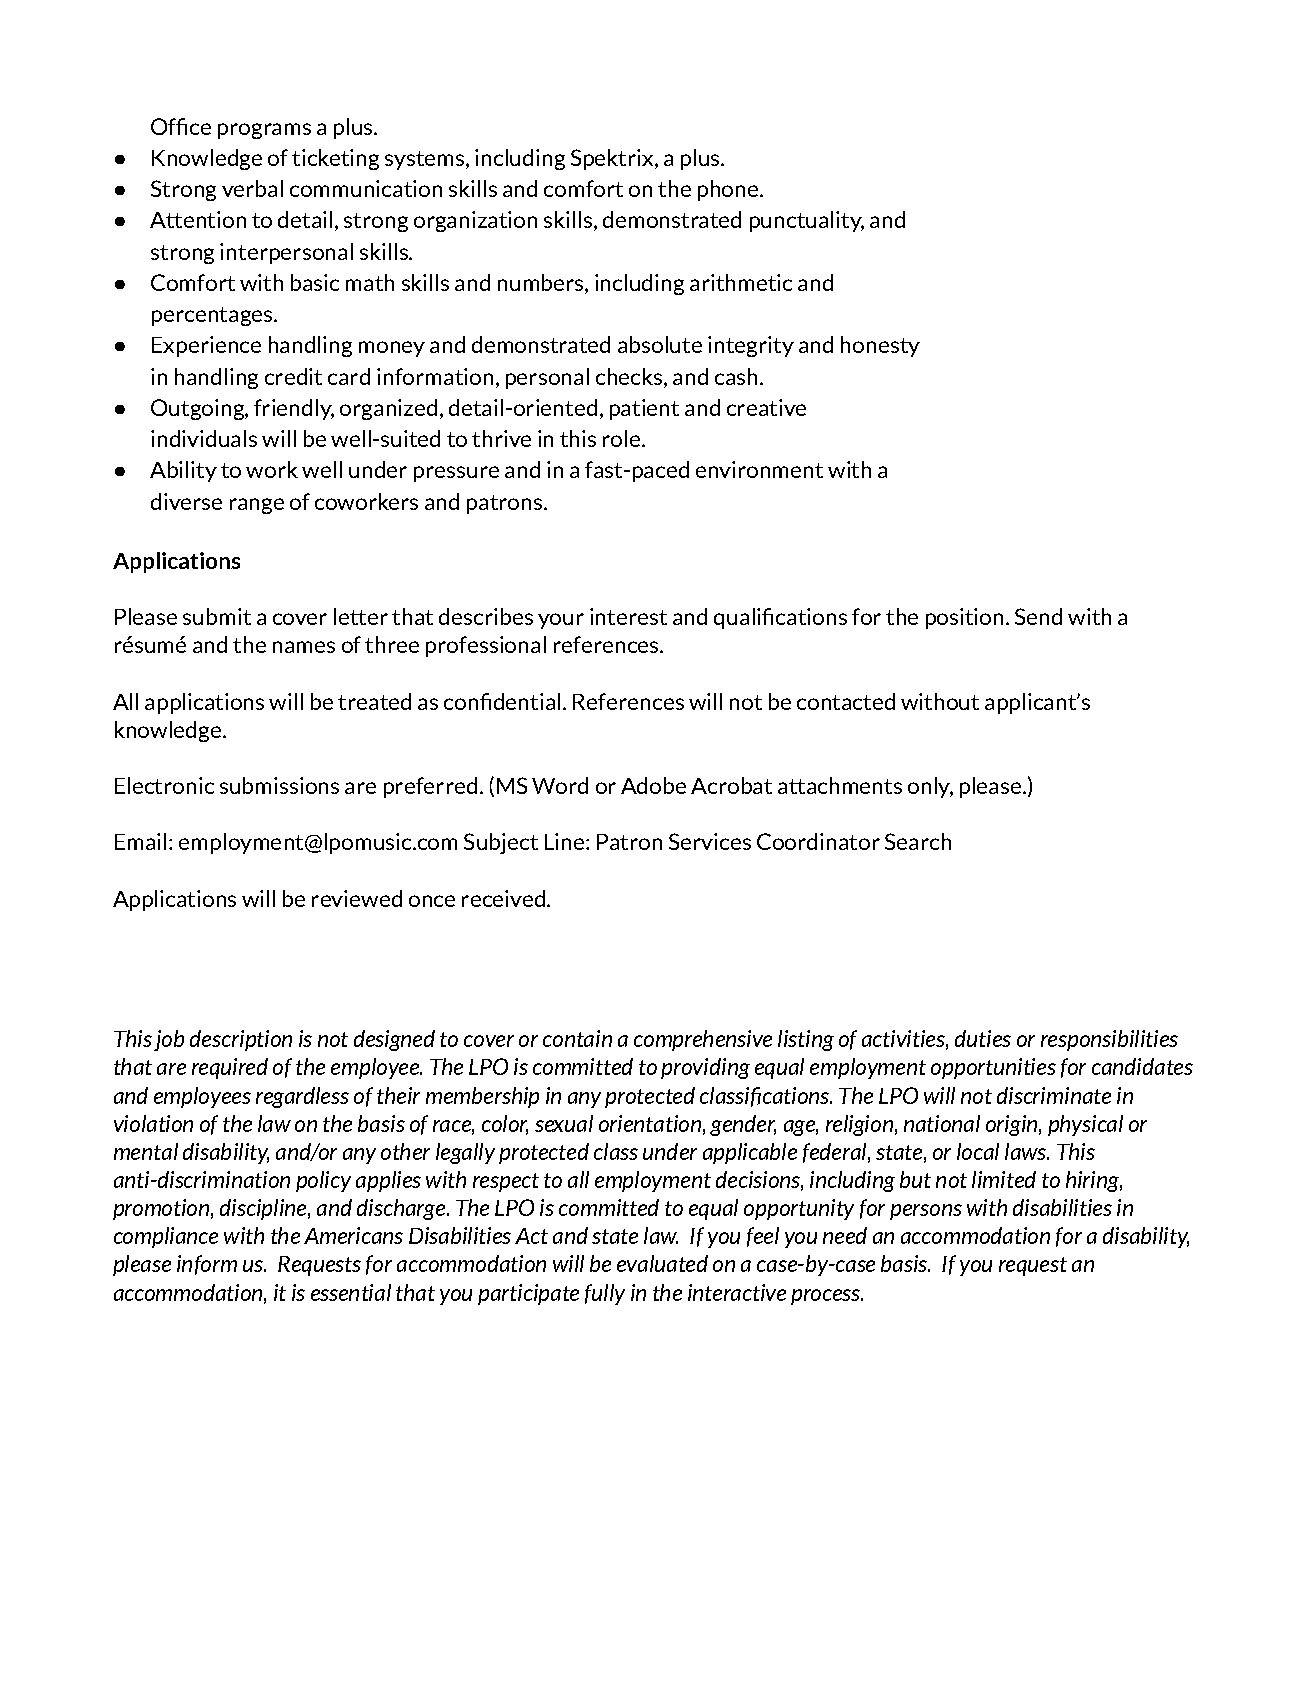
Office programs a plus.
 ●  Knowledge of ticketing systems, including Spektrix, a plus.
 ●  Strong verbal communication skills and comfort on the phone.
 ●  Attention to detail, strong organization skills, demonstrated punctuality, and
 strong interpersonal skills.
 ●  Comfort with basic math skills and numbers, including arithmetic and
 percentages.
 ●  Experience handling money and demonstrated absolute integrity and honesty
 in handling credit card information, personal checks, and cash.
 ●  Outgoing, friendly, organized, detail-oriented, patient and creative
 individuals will be well-suited to thrive in this role.
 ●  Ability to work well under pressure and in a fast-paced environment with a
 diverse range of coworkers and patrons.
 Applications
 Please submit a cover letter that describes your interest and qualifications for the position. Send with a
 résumé and the names of three professional references.
 All applications will be treated as confidential. References will not be contacted without applicant’s
 knowledge.
 Electronic submissions are preferred. (MS Word or Adobe Acrobat attachments only, please.)
 Email: employment@lpomusic.com Subject Line: Patron Services Coordinator Search
 Applications will be reviewed once received.
 This job description is not designed to cover or contain a comprehensive listing of activities, duties or responsibilities
 that are required of the employee. The LPO is committed to providing equal employment opportunities for candidates
 and employees regardless of their membership in any protected classifications. The LPO will not discriminate in
 violation of the law on the basis of race, color, sexual orientation, gender, age, religion, national origin, physical or
 mental disability, and/or any other legally protected class under applicable federal, state, or local laws. This
 anti-discrimination policy applies with respect to all employment decisions, including but not limited to hiring,
 promotion, discipline, and discharge. The LPO is committed to equal opportunity for persons with disabilities in
 compliance with the Americans Disabilities Act and state law. If you feel you need an accommodation for a disability,
 please inform us. Requests for accommodation will be evaluated on a case-by-case basis. If you request an
 accommodation, it is essential that you participate fully in the interactive process.